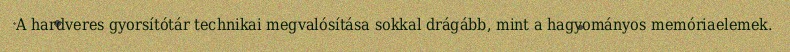
A hardveres gyorsítótár technikai megvalósítása sokkal drágább, mint a hagyományos memóriaelemek.